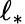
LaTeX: \ell_{*}